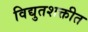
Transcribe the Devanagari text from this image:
विद्युतशक्तीत